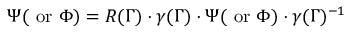
\Psi ( \mathrm { ~ o r ~ } \Phi ) = R ( \Gamma ) \cdot \gamma ( \Gamma ) \cdot \Psi ( \mathrm { ~ o r ~ } \Phi ) \cdot \gamma ( \Gamma ) ^ { - 1 }